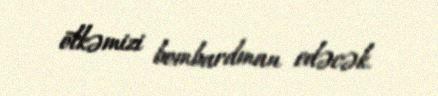
ölkəmizi bombardman edəcək.